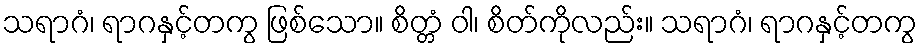
သရာဂံ၊ ရာဂနှင့်တကွ ဖြစ်သော။ စိတ္တံ ဝါ၊ စိတ်ကိုလည်း။ သရာဂံ၊ ရာဂနှင့်တကွ